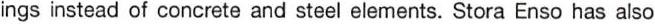
ings instead of concrete and steel elements. Stora Enso has also